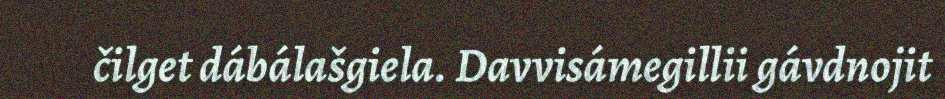
čilget dábálašgiela. Davvisámegillii gávdnojit